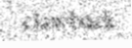
clawback